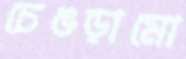
চেঙড়ামো